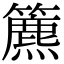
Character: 𥶔